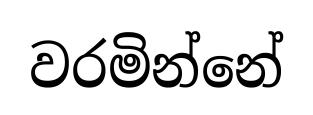
වරමින්නේ